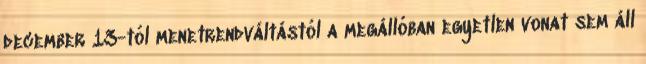
december 13-tól menetrendváltástól a megállóban egyetlen vonat sem áll